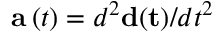
\mathbf { a } \left( t \right) = d ^ { 2 } \mathbf { d ( t ) } / d t ^ { 2 }